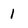
Character: 1